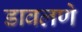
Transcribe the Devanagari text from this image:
डावलणे